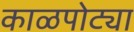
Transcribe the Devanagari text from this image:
काळपोट्या